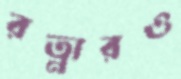
রত্নারও